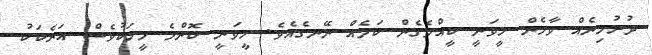
ދުރުމިނެއް ވާހެން ހީވަނީ ކީއްވެގެން ކަމެއް ނޭނގެއެވެ. ހީވަނީ ކޮންމެ މީހަކުވެސް އަނެކަކު